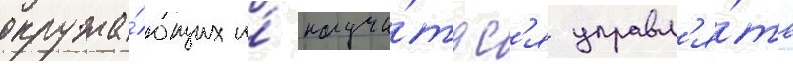
окружа́ющих и́ научи́тьс'я управл'я́ть